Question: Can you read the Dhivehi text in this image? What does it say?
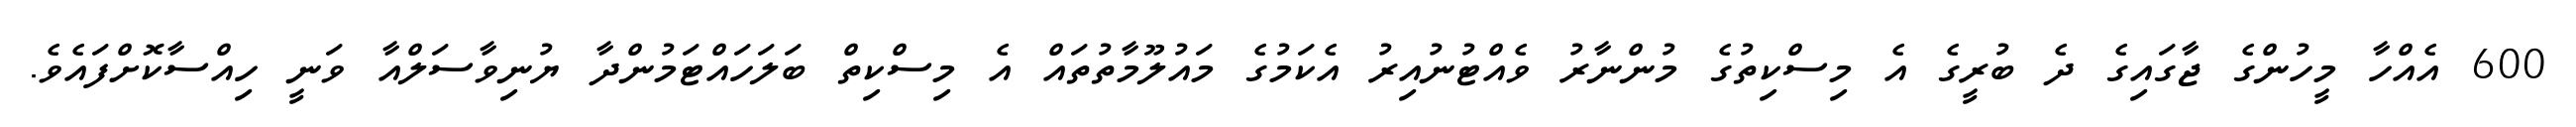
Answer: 600 އެއްހާ މީހުންގެ ޖާގައިގެ ދެ ބުރީގެ އެ މިސްކިތުގެ މުންނާރު ވެއްޓުނުއިރު އެކަމުގެ މައުލޫމާތުތައް އެ މިސްކިތް ބަލަހައްޓަމުންދާ ޔުނިވާސަލްއާ ވަނީ ހިއްސާކޮށްފައެވެ.